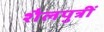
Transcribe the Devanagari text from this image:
शैलपुत्रीं